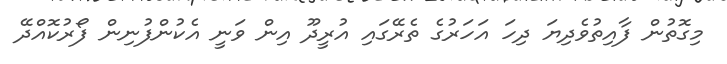
މިގޮތުން ފާއިތުވެދިޔަ ދިހަ އަހަރުގެ ތެރޭގައި އުރީދޫ އިން ވަނީ އެކުންފުނިން ފޯރުކޮއްދޭ